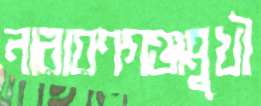
নারায়ণগঞ্জমুখী